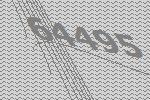
64495